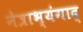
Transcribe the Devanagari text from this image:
नेत्राभ्यंगाद्